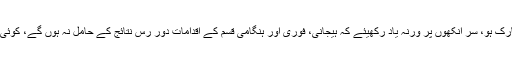
اگر یہ پراسیس مکمل ہو چکا تو مبارک ہو، سر آنکھوں پر ورنہ یاد رکھیئے کہ ہیجانی، فوری اور ہنگامی قسم کے اقدامات دور رس نتائج کے حامل نہ ہوں گے، کوئی حقیقی جوہری تبدیلی نہیں آئے گی۔